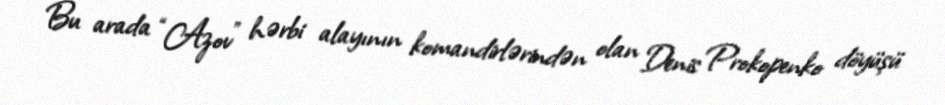
Bu arada “Azov” hərbi alayının komandirlərindən olan Denis Prokopenko döyüşü